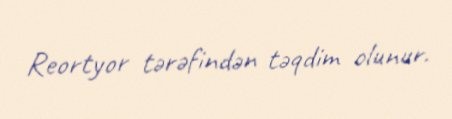
Reortyor tərəfindən təqdim olunur.